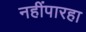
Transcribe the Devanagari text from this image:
नहींपारहा